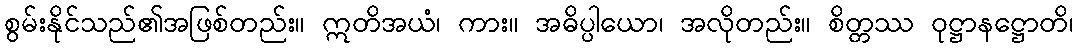
စွမ်းနိုင်သည်၏အဖြစ်တည်း။ ဣတိအယံ၊ ကား။ အဓိပ္ပါယော၊ အလိုတည်း။ စိတ္တဿ ဝုဋ္ဌာနဋ္ဌောတိ၊